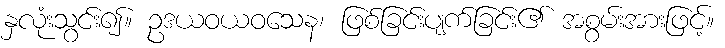
နှလုံးသွင်း၍။ ဥဒယဝယဝသေန၊ ဖြစ်ခြင်းပျက်ခြင်း၏ အစွမ်းအားဖြင့်။